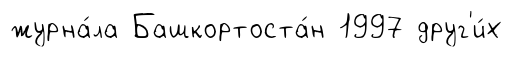
журна́ла Башкортоста́н 1997 друг'и́х